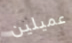
عميلين